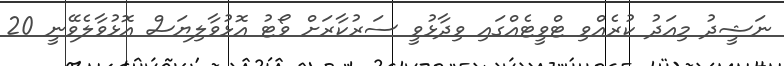
ނަޝީދު މިއަދު ކުރެއްވި ޓްވީޓެއްގައި ވިދާޅުވީ ސަރުކާރަށް ވޯޓު އޮޅުވާލިޔަސް އޮޅުވާލެވޭނީ 20